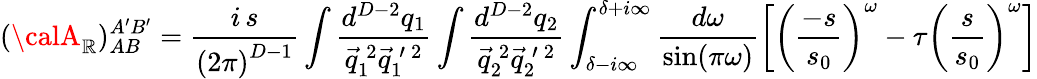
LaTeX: ({\calA}_{\cal\mathbb{R}})_{AB}^{A^{\prime}B^{\prime}}=\frac{{i\, s}}{{\left(2\pi\right)^{D-1}}}\int\frac{{d^{D-2}q_{1}}}{{\vec{{q}}_{1}^{\: 2}\vec{{q}}_{1}^{\: \prime\: 2}}}\int\frac{{d^{D-2}q_{2}}}{{\vec{{q}}_{2}^{\: 2}\vec{{q}}_{2}^{\: \prime\: 2}}}\int_{\delta-i\infty}^{\delta+i\infty}\frac{{d\omega}}{{\mathrm{{sin}}(\pi\omega)}}\left[\left(\frac{{-s}}{{s_{0}}}\right)^{\omega}-\tau\left(\frac{{s}}{{s_{0}}}\right)^{\omega}\right]